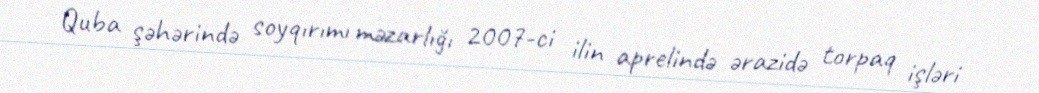
Quba şəhərində soyqırımı məzarlığı 2007-ci ilin aprelində ərazidə torpaq işləri